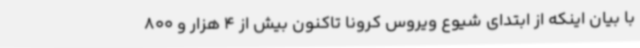
با بیان اینکه از ابتدای شیوع ویروس کرونا تاکنون بیش از 4 هزار و 800